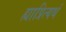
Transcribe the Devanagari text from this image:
ह्याप्रित्यर्थ